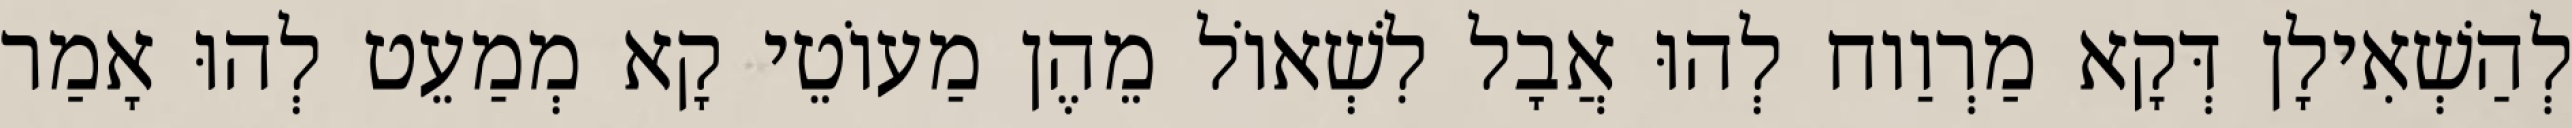
לְהַשְׁאִילָן דְּקָא מַרְוַוח לְהוּ אֲבָל לִשְׁאוֹל מֵהֶן מַעוֹטֵי קָא מְמַעֵט לְהוּ אָמַר